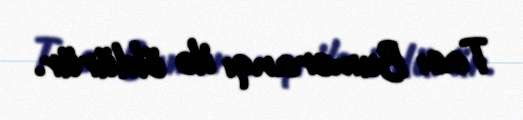
Tacı Bumeranqı ilə öldürür.